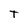
Character: T